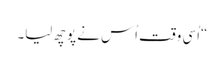
“اُسی وقت اُس نے پوچھ لیا۔